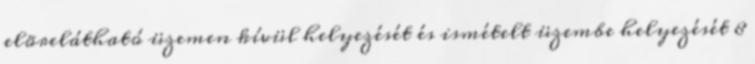
elõrelátható üzemen kívül helyezését és ismételt üzembe helyezését 8